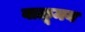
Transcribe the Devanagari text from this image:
वाळूमय